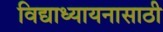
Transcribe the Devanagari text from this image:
विद्याध्यायनासाठी